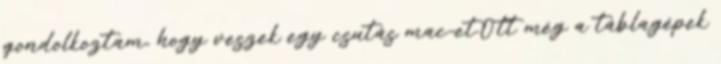
gondolkoztam, hogy veszek egy csutás mac-et.Ott még a táblagépek